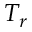
T _ { r }